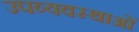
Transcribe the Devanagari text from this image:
उपव्यवस्थाओं